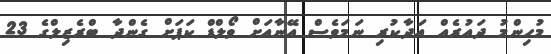
މުހިންމު ދައުރެއް އަދާކުރި ނަމަވެސް އޭނާއަށް ވޯލްޑް ކަޕަށް ގެންދާ ބްރެޒިލްގެ 23